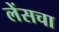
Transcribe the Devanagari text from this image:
लेंसचा